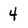
Character: 4